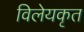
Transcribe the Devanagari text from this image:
विलेयकृत